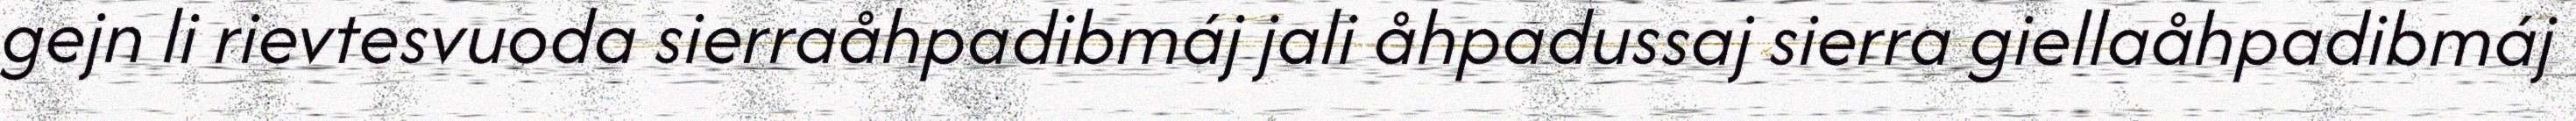
gejn li rievtesvuoda sierraåhpadibmáj jali åhpadussaj sierra giellaåhpadibmáj